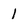
Character: l